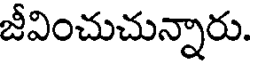
జీవించుచున్నారు.